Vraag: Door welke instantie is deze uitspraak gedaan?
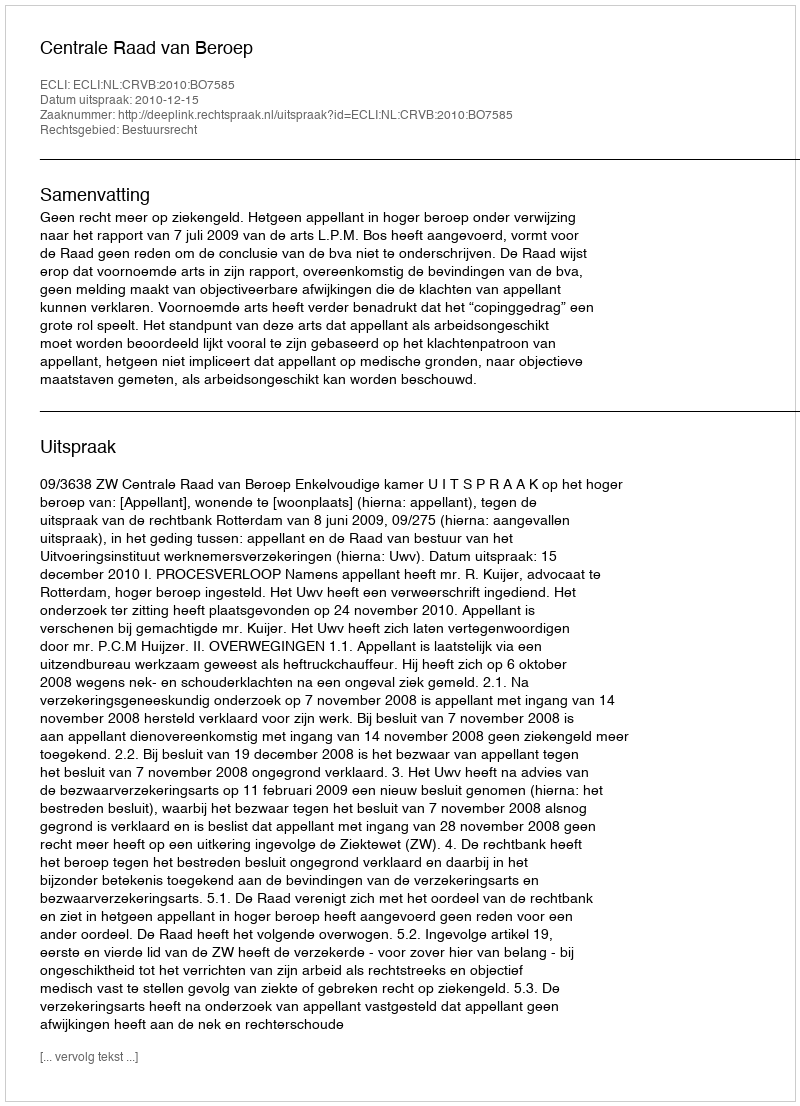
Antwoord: Centrale Raad van Beroep